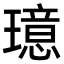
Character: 𪼦